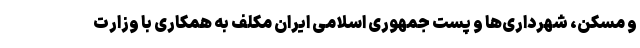
و مسکن، شهرداری‌ها و پست جمهوری اسلامی ایران مکلف به همکاری با وزارت